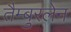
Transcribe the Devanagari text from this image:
तैम्बुरलेन